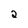
Character: 2